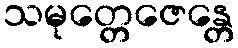
သမုတ္တေဇေန္တေ